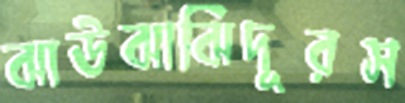
ঝাউঝাঝিদূরস